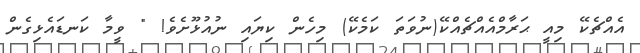
އެއްޗެކޭ މިއީ ޙަރާމްއެއްޗެއްކޭ(ނުވަތަ ކަމެކޭ) މިހެން ކިޔައި ނުއުޅޫށެވެ! " ވީމާ ކަނޑައެޅިގެން